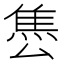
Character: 𨿈